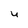
Character: U